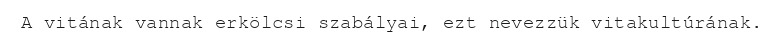
A vitának vannak erkölcsi szabályai, ezt nevezzük vitakultúrának.